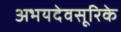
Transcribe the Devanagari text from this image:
अभयदेवसूरिके